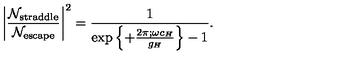
\left| { \frac { { \cal N } _ { \mathrm { s t r a d d l e } } } { { \cal N } _ { \mathrm { e s c a p e } } } } \right| ^ { 2 } = { \frac { 1 } { { \exp \left\{ + { \frac { 2 \pi ; \omega c _ { H } } { g _ { H } } } \right\} } - 1 } } .